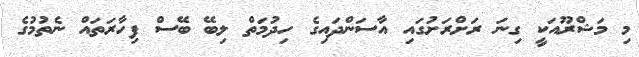
މި މަޝްރޫއަކީ ގިނަ ރަށްރަށުގައި އާސަންދައިގެ ހިދުމަތް ލިބޭ ބޭސް ފިހާރަތައް ނެތުމުގެ